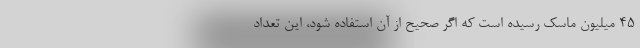
۴۵ میلیون ماسک رسیده است که اگر صحیح از آن استفاده شود، این تعداد